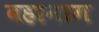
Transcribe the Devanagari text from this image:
बहानाग